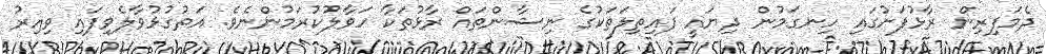
ދެމަފިރިން ރާޅުފަށުގައި ހިނގަމުން ދިޔައީ ފައިތިލަތަކުގެ ނިޝާންތައް ރާޅުތަކާ ހަވާލުކުރަމުންނެވެ. އަތުގުޅުވާލެވިފައި ވިއިރު